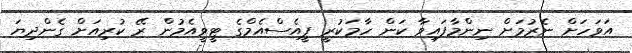
އަވަހަށް ނެރުމަށް ނިންމާފައިވާ ކަން ހާމަކުރީ ޕީއެސްއެމްގެ ޓީވީއެމުން ރޭ ކުރިއަށް ގެންދިޔަ